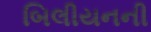
બિલીયનની